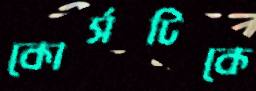
কোর্সটিকে